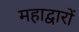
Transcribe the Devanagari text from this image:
महाद्वारों